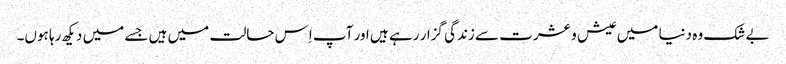
بے شک وہ دنیا میں عیش و عشرت سے زندگی گزار رہے ہیں اور آپ اِس حالت میں ہیں جسے میں دیکھ رہا ہوں۔